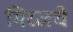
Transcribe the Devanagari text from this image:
मिरजचे